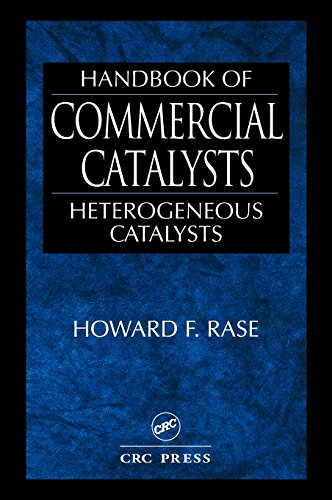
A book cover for Handbook of Commercial Catalysts: Heterogeneous Catalysts; Howard F. Rase; Science & Math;